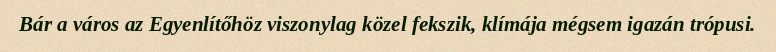
Bár a város az Egyenlítőhöz viszonylag közel fekszik, klímája mégsem igazán trópusi.